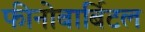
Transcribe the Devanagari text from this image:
फीनोबार्बिटल